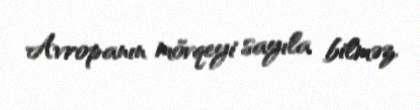
Avropanın mövqeyi sayıla bilməz.